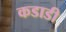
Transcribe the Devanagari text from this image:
कडाडी